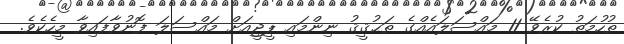
ތުހުމަތު ކުރެވޭ 11 މައްސަލައެއްގެ ތަޙުޤީޤު ނިންމައި ޕީޖީއަށް މައްސަލަ ފޮނުވާފައިވާ މީހެކެވެ.